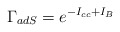
\begin{align*}\Gamma_{adS} = e^{-I_{cc}+I_B}\end{align*}